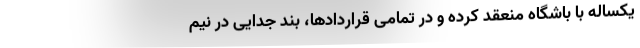
یکساله با باشگاه منعقد کرده و در تمامی قراردادها، بند جدایی در نیم